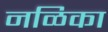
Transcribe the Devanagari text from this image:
नळिका